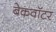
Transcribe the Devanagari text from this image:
बेकवॉटर